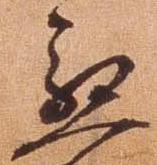
慇